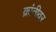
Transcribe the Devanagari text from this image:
क्रांतीवर